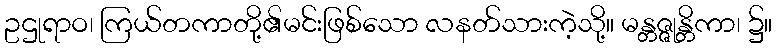
ဥဌုရာဝ၊ ကြယ်တကာတို့၏မင်းဖြစ်သော လနတ်သားကဲ့သို့။ မန္တဇ္ဇုန္တိကာ၊ ၌။